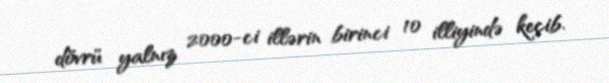
dövrü yalnız 2000-ci illərin birinci 10 illiyində keçib.